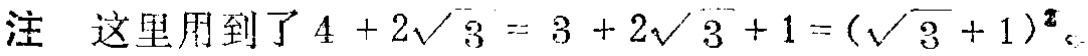
注 这里用到了 \(4 + 2\sqrt{3} = 3 + 2\sqrt{3}+ 1 = (\sqrt{3} + 1)^{2}\)。